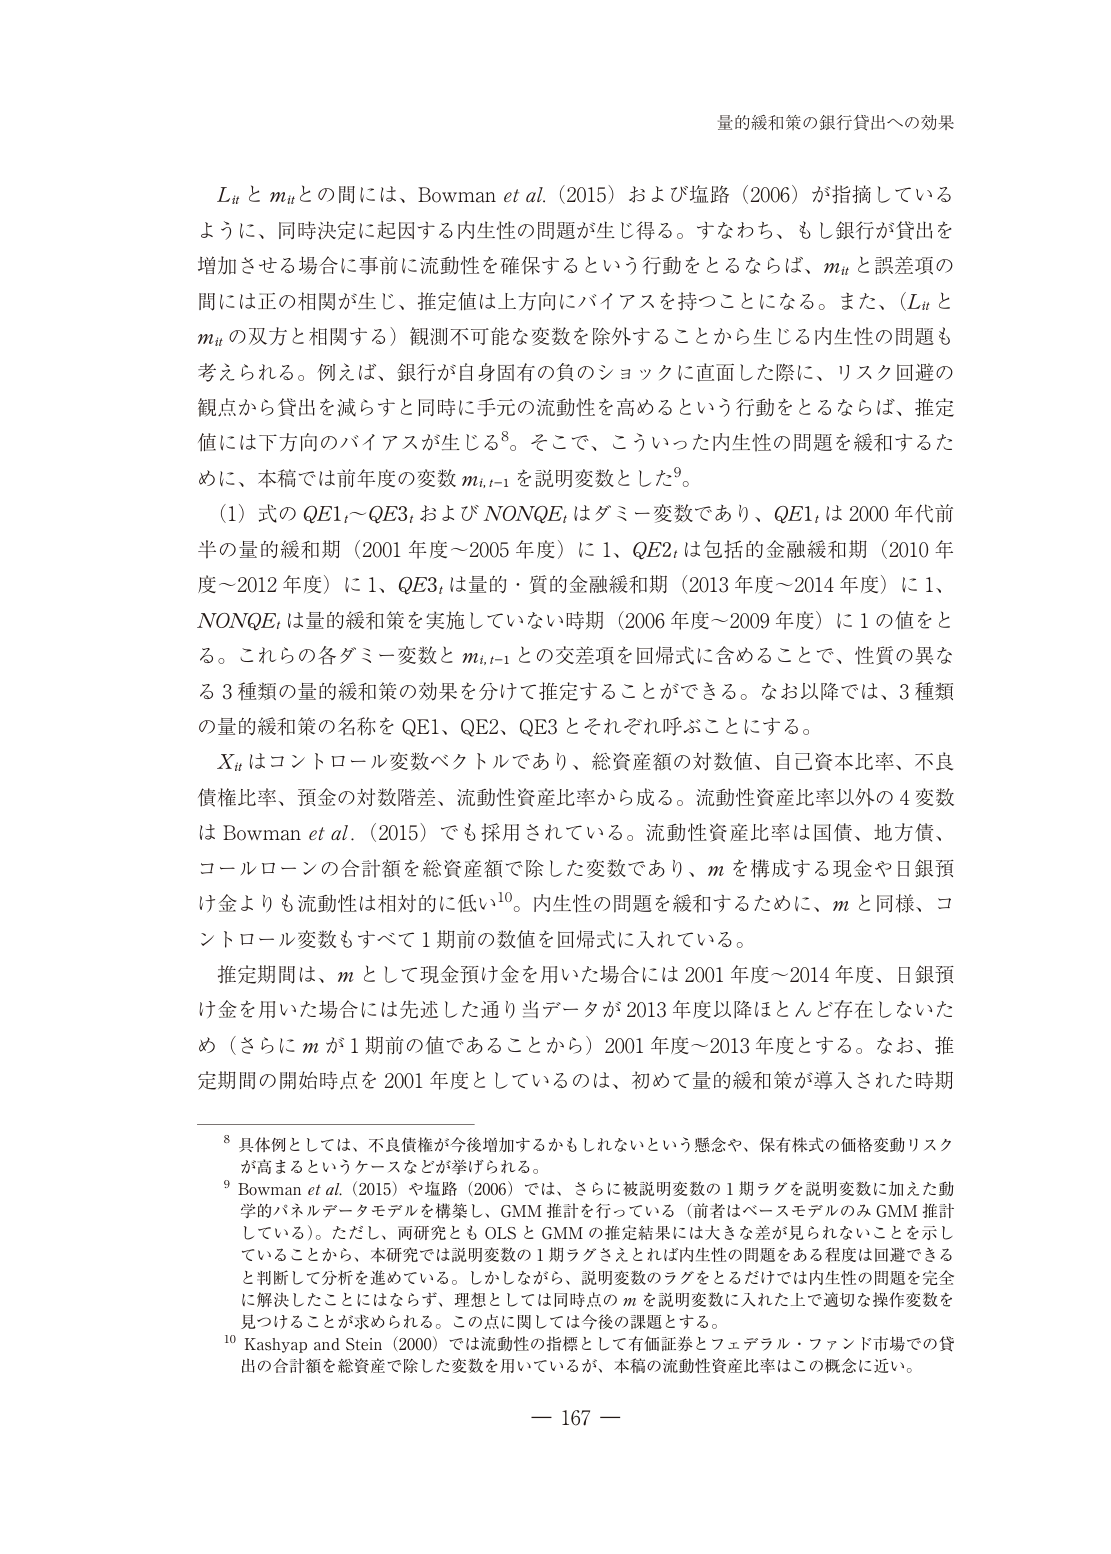
量的緩和策の銀行貸出への効果

L_t と m_t との間には、Bowman et al. (2015) および塩路 (2006) が指摘しているように、同時決定に起因する内生性の問題が生じ得る。すなわち、もし銀行が貸出を増加させる場合に事前に流動性を確保するという行動をとるならば、m_t と誤差項の間には正の相関が生じ、推定値は上方にバイアスを持つことになる。また、(L_t と m_t の双方と相関する) 観測不可能な変数を除外することから生じる内生性の問題も考えられる。例えば、銀行が自身固有の負のショックに直面した際に、リスク回避の観点から貸出を減らすと同時に手元の流動性を高めるという行動をとるならば、推定値には下方のバイアスが生じる⁸。そこで、こういった内生性の問題を緩和するために、本稿では前年度の変数 m_{t-1} を説明変数とした⁹。

(1) 式の QE1_t～QE3_t および NONQE_t はダミー変数であり、QE1_t は 2000 年代前半の量的緩和期 (2001 年度～2005 年度) に 1、QE2_t は包括的金融緩和期 (2010 年度～2012 年度) に 1、QE3_t は量的・質的金融緩和期 (2013 年度～2014 年度) に 1、NONQE_t は量的緩和策を実施していない時期 (2006 年度～2009 年度) に 1 の値をとる。これらの各ダミー変数と m_{t-1} との交差項を回帰式に含めることで、性質の異なる 3 種類の量的緩和策の効果を分けて推定することができる。なお以降では、3 種類の量的緩和策の名称を QE1、QE2、QE3 とそれぞれ呼ぶことにする。

X_t はコントロール変数ベクトルであり、総資産額の対数値、自己資本比率、不良債権比率、預金の対数階差、流動性資産比率から成る。流動性資産比率以外の 4 変数は Bowman et al. (2015) でも採用されている。流動性資産比率は国債、地方債、コールローンの合計額を総資産額で除した変数であり、m を構成する現金や日銀預け金よりも流動性は相対的に低い¹⁰。内生性の問題を緩和するために、m と同様、コントロール変数もすべて 1 期前の数値を回帰式に入れている。

推定期間は、m として現金預け金を用いた場合には 2001 年度～2014 年度、日銀預け金を用いた場合には先述した通りデータが 2013 年度以降ほとんど存在しないため (さらに m が 1 期前の値であることから) 2001 年度～2013 年度とする。なお、推定期間の開始時点を 2001 年度としているのは、初めて量的緩和策が導入された時期

⁸ 具体例としては、不良債権が今後増加するかもしれないという懸念や、保有株式の価格変動リスクが高まるというケースなどが挙げられる。

⁹ Bowman et al. (2015) や塩路 (2006) では、さらに被説明変数の 1 期ラグを説明変数に加えた動学的パネルデータモデルを構築し、GMM 推計を行っている (前者はベースモデルのみ GMM 推計している)。ただし、両研究とも OLS と GMM の推定結果には大きな差が見られないことを示していることから、本研究では説明変数の 1 期ラグさえとれば内生性の問題をある程度は回避できると判断して分析を進めている。しかしながら、説明変数のラグをとるだけでは内生性の問題を完全に解決したことにはならず、理想としては同時点の m を説明変数に入れただ上で適切な操作変数を見つけることが求められる。この点に関しては今後の課題とする。

¹⁰ Kashyap and Stein (2000) では流動性の指標として有価証券とフェデラル・ファンド市場での貸出の合計額を総資産で除した変数を用いているが、本稿の流動性資産比率はこの概念に近い。

— 167 —